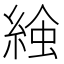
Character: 𧌢